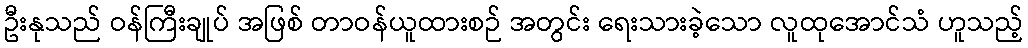
ဦးနုသည် ဝန်ကြီးချုပ် အဖြစ် တာဝန်ယူထားစဉ် အတွင်း ရေးသားခဲ့သော လူထုအောင်သံ ဟူသည့်